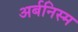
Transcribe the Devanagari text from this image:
अर्बनिस्म